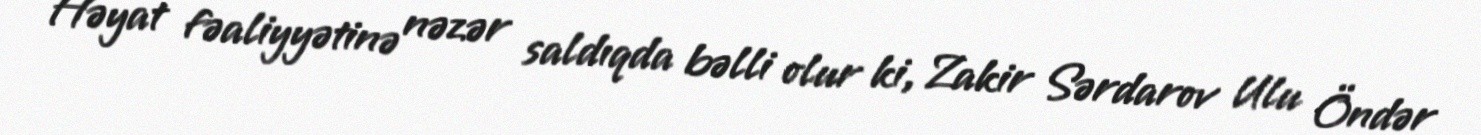
Həyat fəaliyyətinə nəzər saldıqda bəlli olur ki, Zakir Sərdarov Ulu Öndər